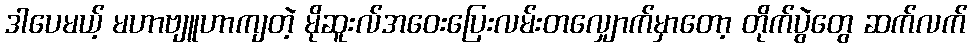
ဒါပေမယ့် မဟာဗျူဟာကျတဲ့ မိုဆူးလ်အဝေးပြေးလမ်းတလျှောက်မှာတော့ တိုက်ပွဲတွေ ဆက်လက်